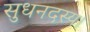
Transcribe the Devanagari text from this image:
सुधनदस्य।